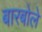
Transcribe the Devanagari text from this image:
बारबोले